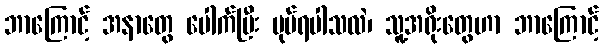
ဘာကြောင့် အနာတွေ ပေါက်ပြီး ပုပ်ရပါသလဲ၊ သူ့အရိုးတွေဟာ ဘာကြောင့်